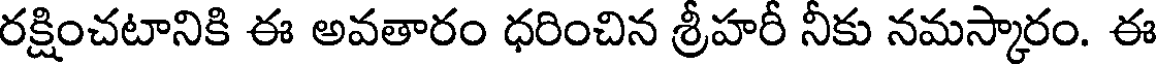
రక్షించటానికి ఈ అవతారం ధరించిన శ్రీహరీ నీకు నమస్కారం. ఈ